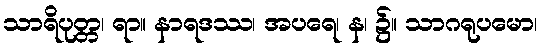
သာရိပုတ္တ၊ ရာ။ နာရဒဿ၊ အပရေ၊ န၊ ၌။ သာဂရုပမော၊